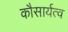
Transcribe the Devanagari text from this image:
कौसार्यत्व